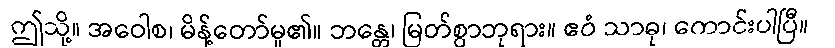
ဤသို့။ အဝေါစ၊ မိန့်တော်မူ၏။ ဘန္တေ၊ မြတ်စွာဘုရား။ ဧဝံ သာဓု၊ ကောင်းပါပြီ။